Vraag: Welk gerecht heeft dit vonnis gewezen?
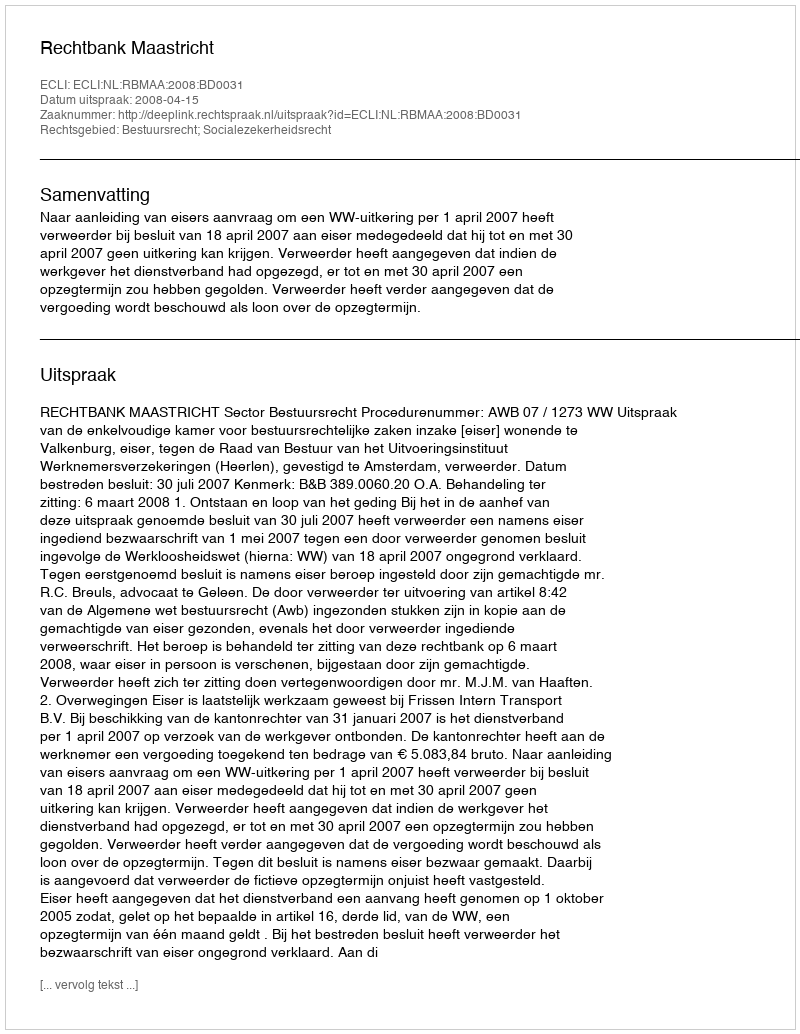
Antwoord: Rechtbank Maastricht